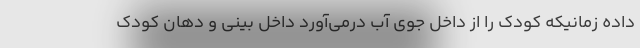
داده زمانیکه کودک را از داخل جوی آب درمی‌آورد داخل بینی و دهان کودک